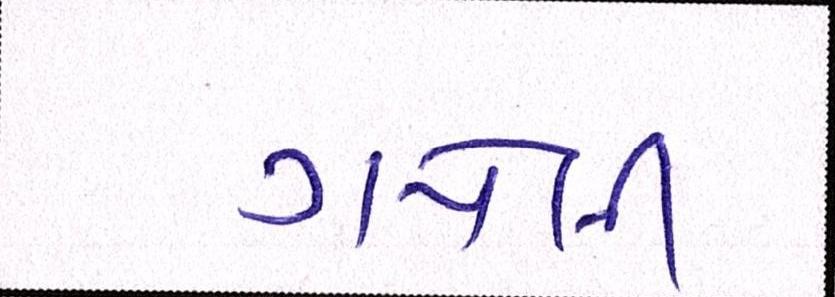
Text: ગયેલી